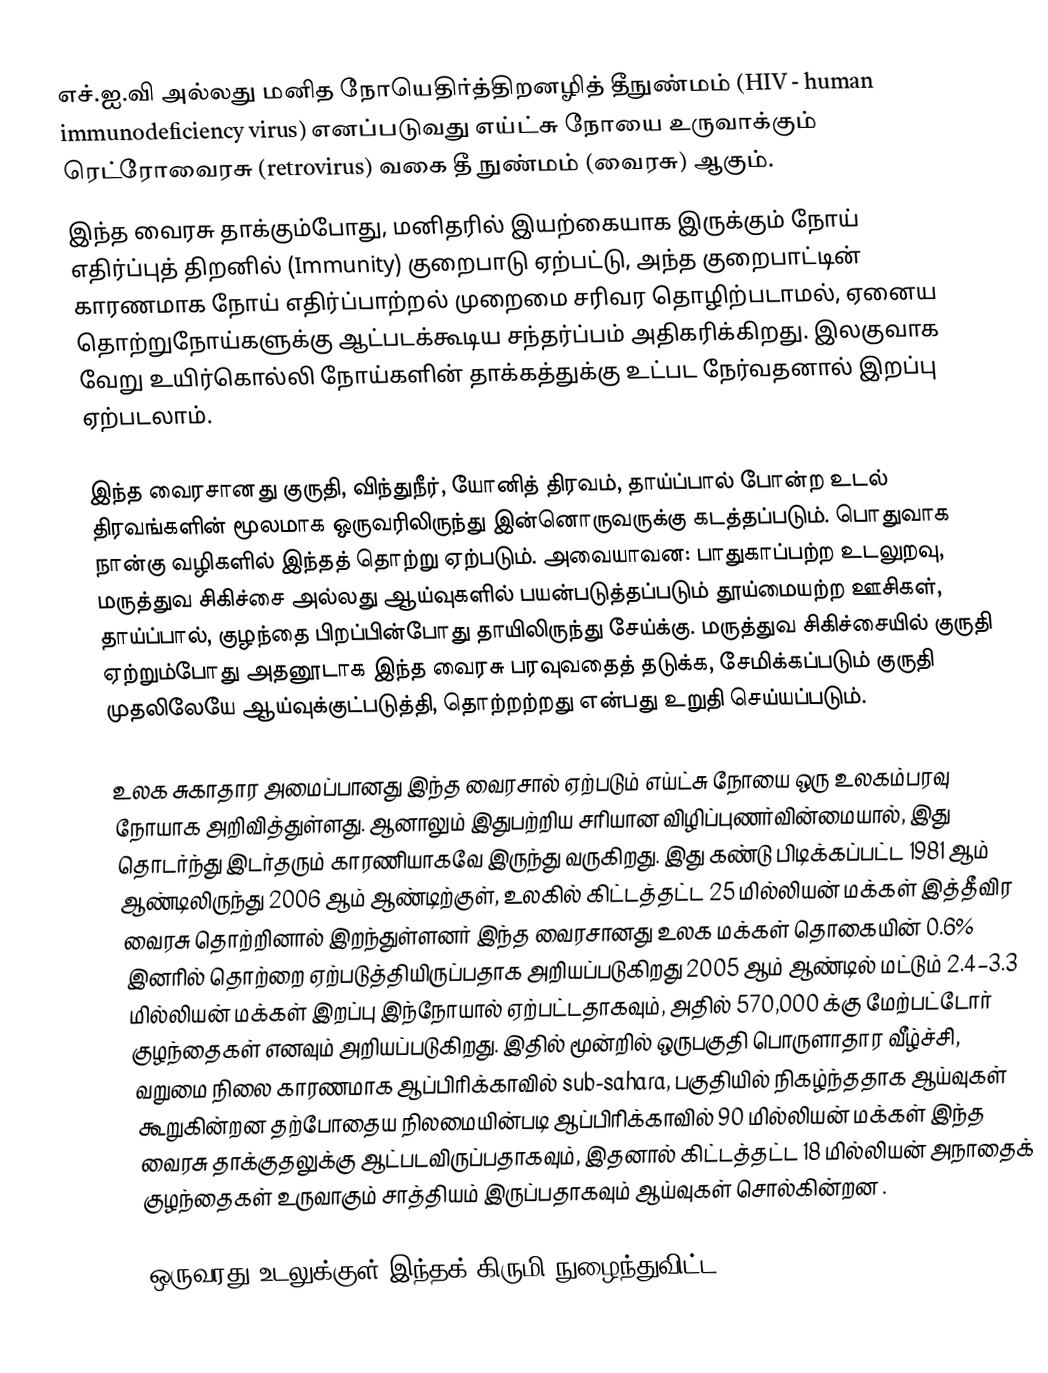
எச்.ஐ.வி அல்லது மனித நோயெதிர்த்திறனழித் தீநுண்மம் (HIV - human immunodeficiency virus) எனப்படுவது எய்ட்சு நோயை உருவாக்கும் ரெட்ரோவைரசு  (retrovirus) வகை தீ நுண்மம் (வைரசு) ஆகும்.
இந்த வைரசு தாக்கும்போது, மனிதரில் இயற்கையாக இருக்கும் நோய் எதிர்ப்புத் திறனில் (Immunity) குறைபாடு ஏற்பட்டு, அந்த குறைபாட்டின் காரணமாக நோய் எதிர்ப்பாற்றல் முறைமை சரிவர தொழிற்படாமல், ஏனைய தொற்றுநோய்களுக்கு ஆட்படக்கூடிய சந்தர்ப்பம் அதிகரிக்கிறது. இலகுவாக வேறு உயிர்கொல்லி நோய்களின் தாக்கத்துக்கு உட்பட நேர்வதனால் இறப்பு ஏற்படலாம்.

இந்த வைரசானது குருதி, விந்துநீர், யோனித் திரவம், தாய்ப்பால் போன்ற உடல் திரவங்களின் மூலமாக ஒருவரிலிருந்து இன்னொருவருக்கு கடத்தப்படும். பொதுவாக நான்கு வழிகளில் இந்தத் தொற்று ஏற்படும். அவையாவன: பாதுகாப்பற்ற உடலுறவு, மருத்துவ சிகிச்சை அல்லது ஆய்வுகளில் பயன்படுத்தப்படும் தூய்மையற்ற ஊசிகள், தாய்ப்பால், குழந்தை பிறப்பின்போது தாயிலிருந்து சேய்க்கு. மருத்துவ சிகிச்சையில் குருதி ஏற்றும்போது அதனூடாக இந்த வைரசு பரவுவதைத் தடுக்க, சேமிக்கப்படும் குருதி முதலிலேயே ஆய்வுக்குட்படுத்தி, தொற்றற்றது என்பது உறுதி செய்யப்படும்.

உலக சுகாதார அமைப்பானது இந்த வைரசால் ஏற்படும் எய்ட்சு நோயை ஒரு உலகம்பரவு நோயாக அறிவித்துள்ளது. ஆனாலும் இதுபற்றிய சரியான விழிப்புணர்வின்மையால், இது தொடர்ந்து இடர்தரும் காரணியாகவே இருந்து வருகிறது. இது கண்டு பிடிக்கப்பட்ட 1981 ஆம் ஆண்டிலிருந்து 2006 ஆம் ஆண்டிற்குள், உலகில் கிட்டத்தட்ட 25 மில்லியன் மக்கள் இத்தீவிர வைரசு தொற்றினால் இறந்துள்ளனர் இந்த வைரசானது உலக மக்கள் தொகையின் 0.6% இனரில் தொற்றை ஏற்படுத்தியிருப்பதாக அறியப்படுகிறது 2005 ஆம் ஆண்டில் மட்டும் 2.4–3.3 மில்லியன் மக்கள் இறப்பு இந்நோயால் ஏற்பட்டதாகவும், அதில் 570,000 க்கு மேற்பட்டோர் குழந்தைகள் எனவும் அறியப்படுகிறது. இதில் மூன்றில் ஒருபகுதி பொருளாதார வீழ்ச்சி, வறுமை நிலை காரணமாக ஆப்பிரிக்காவில் sub-sahara, பகுதியில் நிகழ்ந்ததாக ஆய்வுகள் கூறுகின்றன தற்போதைய நிலமையின்படி ஆப்பிரிக்காவில் 90 மில்லியன் மக்கள் இந்த வைரசு தாக்குதலுக்கு ஆட்படவிருப்பதாகவும், இதனால் கிட்டத்தட்ட 18 மில்லியன் அநாதைக் குழந்தைகள் உருவாகும் சாத்தியம் இருப்பதாகவும் ஆய்வுகள் சொல்கின்றன .

ஒருவரது உடலுக்குள் இந்தக் கிருமி நுழைந்துவிட்ட